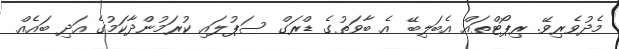
މެދުވެރިވޭ. ރިޕޯޓްތައް އެބަލިބޭ އެ ބާވަތުގެ ޑްރަގް ސަޕުލައި ކުރަމުންދާކަމުގެ އަދި ބައެއް